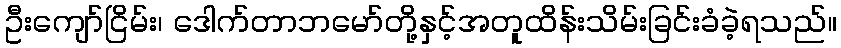
ဦးကျော်ငြိမ်း၊ ဒေါက်တာဘမော်တို့နှင့်အတူထိန်းသိမ်းခြင်းခံခဲ့ရသည်။